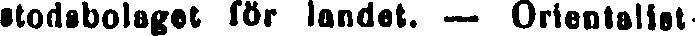
stodsbolaget för landet. — Orientalist